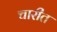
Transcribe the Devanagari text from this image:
चारीत